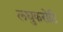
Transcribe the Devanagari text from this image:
लघुकरोटि